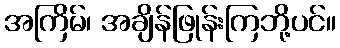
အကြိမ်၊ အချိန်ဖြုန်းကြဘို့ပင်။